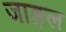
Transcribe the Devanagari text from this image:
जाङ्गल